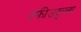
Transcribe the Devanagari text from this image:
रफीउदुल्ला